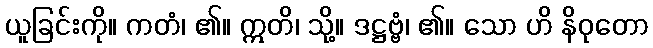
ယူခြင်းကို။ ကတံ၊ ၏။ ဣတိ၊ သို့။ ဒဋ္ဌဗ္ဗံ၊ ၏။ သော ဟိ နိဝုတော